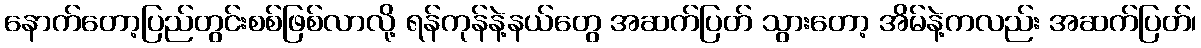
နောက်တော့ပြည်တွင်းစစ်ဖြစ်လာလို့ ရန်ကုန်နဲ့နယ်တွေ အဆက်ပြတ် သွားတော့ အိမ်နဲ့ကလည်း အဆက်ပြတ်၊